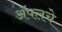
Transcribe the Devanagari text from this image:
ॲपलचे